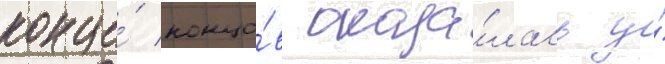
конце́ концо́в оказа́лась у́